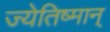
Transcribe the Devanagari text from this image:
ज्येतिष्मान्